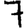
Digit: 7